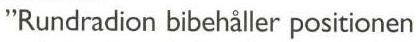
"Rundradion bibehåller positionen